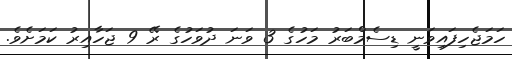
ހަމަޖެހިފައިވަނީ ޑިސެމްބަރު މަހުގެ 3 ވަނަ ދުވަހުގެ ރޭ 9 ޖަހާއިރު ކަމަށެވެ.